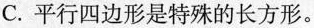
C.平行四边形是特殊的长方形。